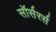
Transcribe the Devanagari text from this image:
सॉर्सरर्स